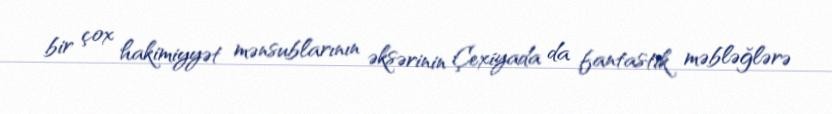
bir çox hakimiyyət mənsublarının əksərinin Çexiyada da fantastik məbləğlərə